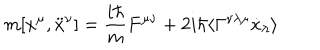
m [ x ^ { \mu } , \ddot { x } ^ { \nu } ] = { \frac { i \hbar } { m } } F ^ { \mu \nu } + 2 i \hbar \langle \Gamma ^ { \nu \lambda \mu } \dot { x } _ { \lambda } \rangle